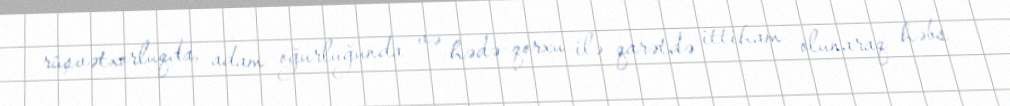
rüşvətxorluqda, adam oğurluğunda və hədə-qorxu ilə qarətdə ittiham olunaraq həbs